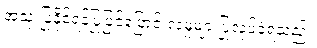
အသုံးပြုနိုင်ရန်ပြုပြင်ပြောင်းလဲမှုများပြုလုပ်ခဲ့ရသည်။